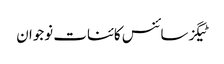
ٹیگزسائنس کائنات نوجوان